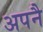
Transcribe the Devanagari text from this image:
अपनै